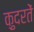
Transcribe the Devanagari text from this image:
क़ुदरतें